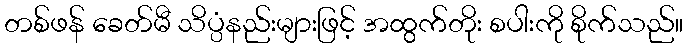
တစ်ဖန် ခေတ်မီ သိပ္ပံနည်းများဖြင့် အထွက်တိုး စပါးကို စိုက်သည်။